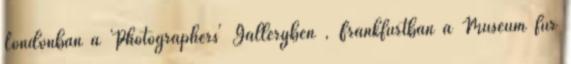
Londonban a Photographers' Galleryben , Frankfurtban a Museum für